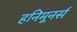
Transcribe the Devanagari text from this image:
हनिमूनर्स